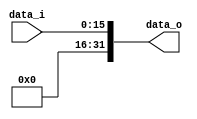
module Zero_filled(data_i,data_o);
	input [16-1:0] data_i;
	output [32-1:0] data_o;

	assign data_o[15:0] = data_i[15:0];
	assign data_o[31:16] = 16'b0000000000000000;

endmodule